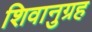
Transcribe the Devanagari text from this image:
शिवानुग्रह